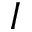
I